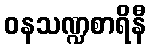
ဝနသဏ္ဍစာရိနီ